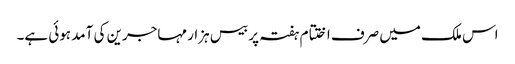
اس ملک میں صرف اختتام ہفتہ پر بیس ہزار مہاجرین کی آمد ہوئی ہے۔